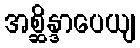
အစ္ဆိန္ဒာပေယျ